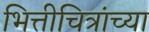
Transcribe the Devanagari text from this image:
भित्तीचित्रांच्या